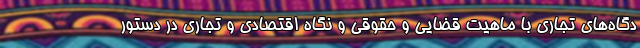
دگاه‌های تجاری با ماهیت قضایی و حقوقی و نگاه اقتصادی و تجاری در دستور